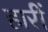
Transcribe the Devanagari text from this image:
हारीं